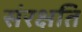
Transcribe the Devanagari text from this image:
संरक्षति